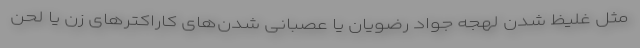
مثل غلیظ شدن لهجه جواد رضویان یا عصبانی شدن‌های کاراکترهای زن یا لحن